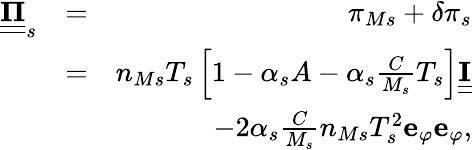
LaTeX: \begin{array}{rlr}{\underline{{\underline{{\mathbf{\Pi}}}}}_{s}}&{=}&{\pi_{Ms}+\delta\pi_{s}}\\ &{=}&{n_{Ms}T_{s}\left[1-\alpha_{s}A-\alpha_{s}\frac{C}{M_{s}}T_{s}\right]\underline{{\underline{{\mathbf{I}}}}}}\\ &{}&{-2\alpha_{s}\frac{C}{M_{s}}n_{Ms}T_{s}^{2}\mathbf{e}_{\varphi}\mathbf{e}_{\varphi},}\end{array}